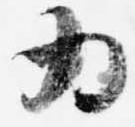
為